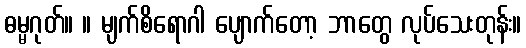
ဓမ္မဂုတ်။ ။ မျက်စိရောဂါ ပျောက်တော့ ဘာတွေ လုပ်သေးတုန်း။